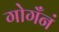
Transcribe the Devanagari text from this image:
गोगँनं